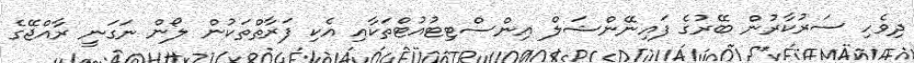
ދިވެހި ސަރުކާރުން ބޭރުގެ ފައިނޭންޝަލް އިންސްޓިޓުއުޓްތަކާއި އެކި ފަރާތްތަކުން ލޯން ނަގަނީ ރާއްޖޭގެ